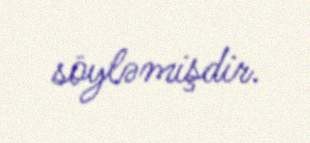
söyləmişdir.